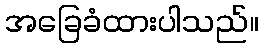
အခြေခံထားပါသည်။